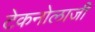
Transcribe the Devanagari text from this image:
टेकनोलाजी